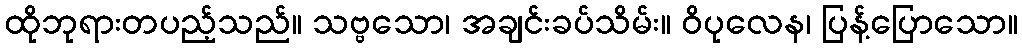
ထိုဘုရားတပည့်သည်။ သဗ္ဗသော၊ အချင်းခပ်သိမ်း။ ဝိပုလေန၊ ပြန့်ပြောသော။